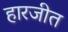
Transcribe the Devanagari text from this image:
हारजीत